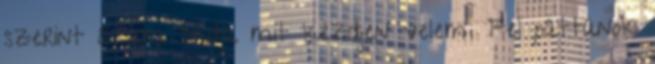
szerint ő sem tudja mit kezdjen velem. Fel pattanok